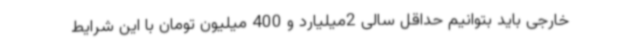
خارجی باید بتوانیم حداقل سالی 2میلیارد و 400 میلیون تومان با این شرایط